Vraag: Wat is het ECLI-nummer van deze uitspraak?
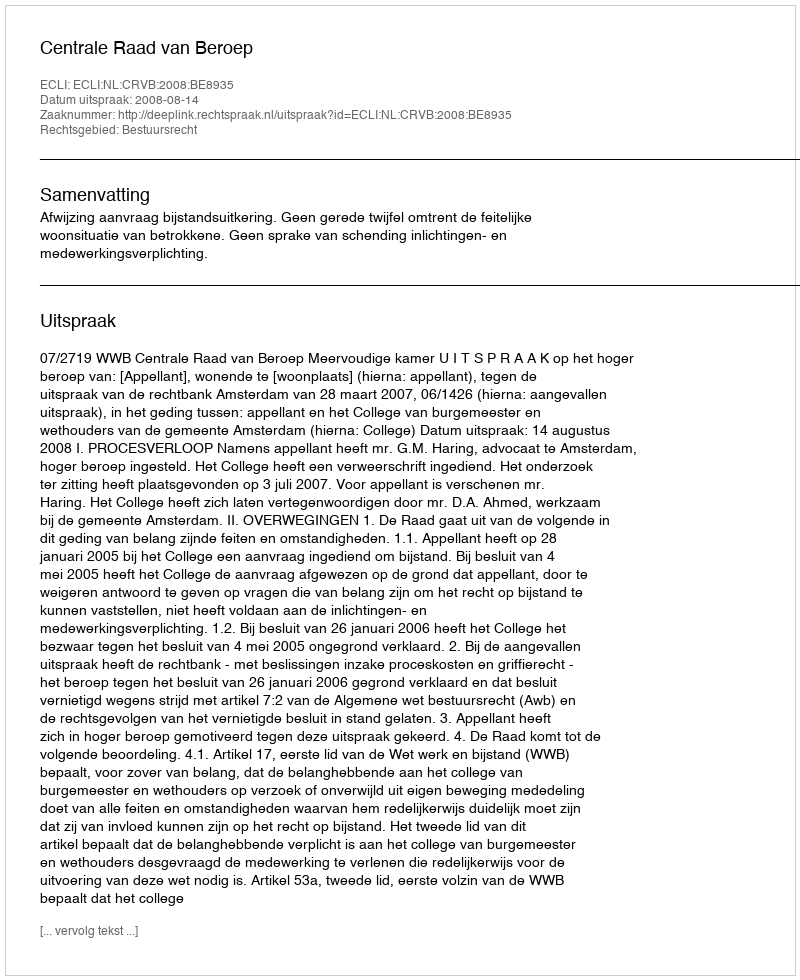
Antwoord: ECLI:NL:CRVB:2008:BE8935